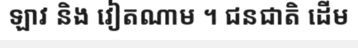
ឡាវ និង វៀតណាម ។ ជនជាតិ ដើម